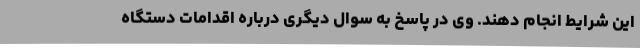
این شرایط انجام دهند. وی در پاسخ به سوال دیگری درباره اقدامات دستگاه